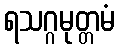
ရသဂ္ဂမုတ္တမံ